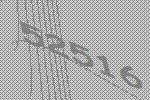
52516